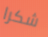
شكرا